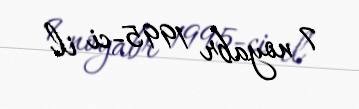
7 noyabr 1995-ci il